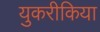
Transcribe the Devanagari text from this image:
युकरीकिया